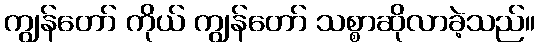
ကျွန်တော် ကိုယ် ကျွန်တော် သစ္စာဆိုလာခဲ့သည်။